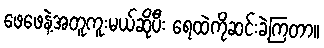
ဖေဖေနဲ့အတူကူးမယ်ဆိုပီး ရေထဲကိုဆင်းခဲ့ကြတာ။